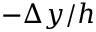
- \Delta y / h